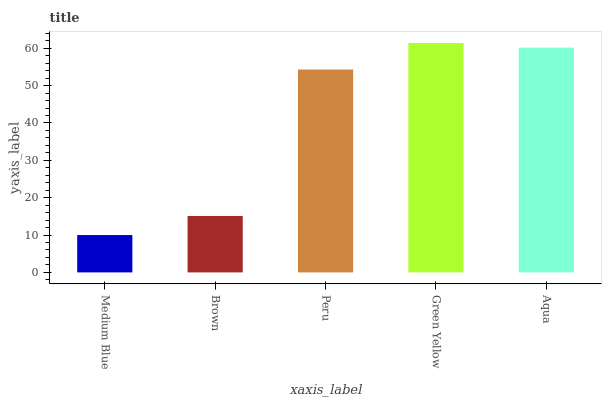
| xaxis_label | bars |
 | --- | --- |
 | Medium Blue | 10 |
 | Brown | 15.1 |
 | Peru | 54.3 |
 | Green Yellow | 61.4 |
 | Aqua | 60.2 |